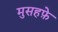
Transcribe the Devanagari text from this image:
मुसहफ़े